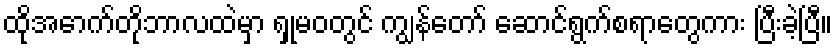
ထိုအောက်တိုဘာလထဲမှာ ရှုမဝတွင် ကျွန်တော် ဆောင်ရွက်စရာတွေကား ပြီးခဲ့ပြီ။